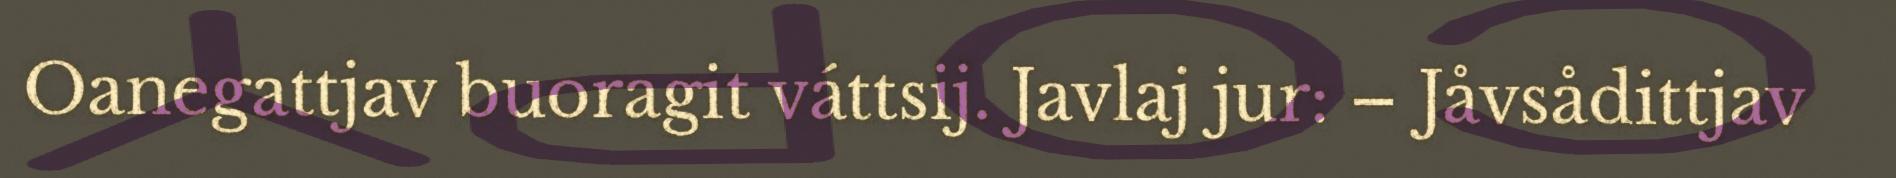
Oanegattjav buoragit váttsij. Javlaj jur: – Jåvsådittjav